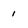
Character: 1